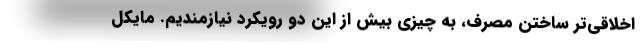
اخلاقی‌تر ساختن مصرف، به چیزی بیش از این دو رویکرد نیازمندیم. مایکل